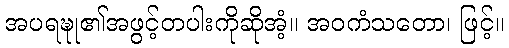
အပရဍ္ဎု၏အဖွင့်တပါးကိုဆိုအံ့။ အဝကံသတော၊ ဖြင့်။